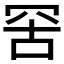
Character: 𦊙